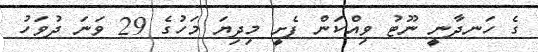
ގެ ހަނދާނީ ނޫޓު ވިއްކަން ފެށީ މިދިޔަ މަހުގެ 29 ވަނަ ދުވަހު